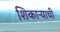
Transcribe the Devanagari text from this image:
शिकाऱ्याची